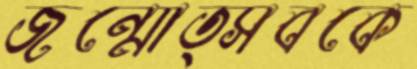
জন্মোত্সবকে